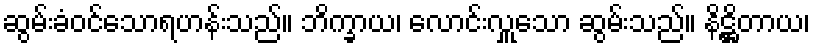
ဆွမ်းခံဝင်သောရဟန်းသည်။ ဘိက္ခာယ၊ လောင်းလှူသော ဆွမ်းသည်။ နိဋ္ဌိတာယ၊